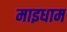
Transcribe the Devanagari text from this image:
माइधाम